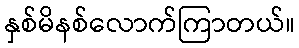
နှစ်မိနစ်လောက်ကြာတယ်။